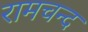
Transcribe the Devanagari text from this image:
रामचन्द